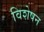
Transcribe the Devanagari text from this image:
विशेषन